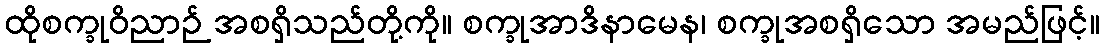
ထိုစက္ခုဝိညာဉ် အစရှိသည်တို့ကို။ စက္ခုအာဒိနာမေန၊ စက္ခုအစရှိသော အမည်ဖြင့်။